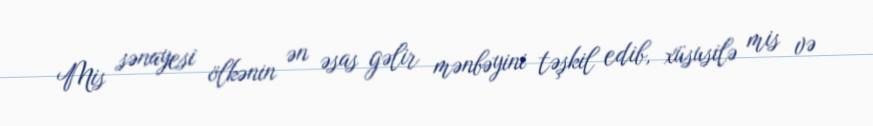
Mis sənayesi ölkənin ən əsas gəlir mənbəyini təşkil edib, xüsusilə mis və